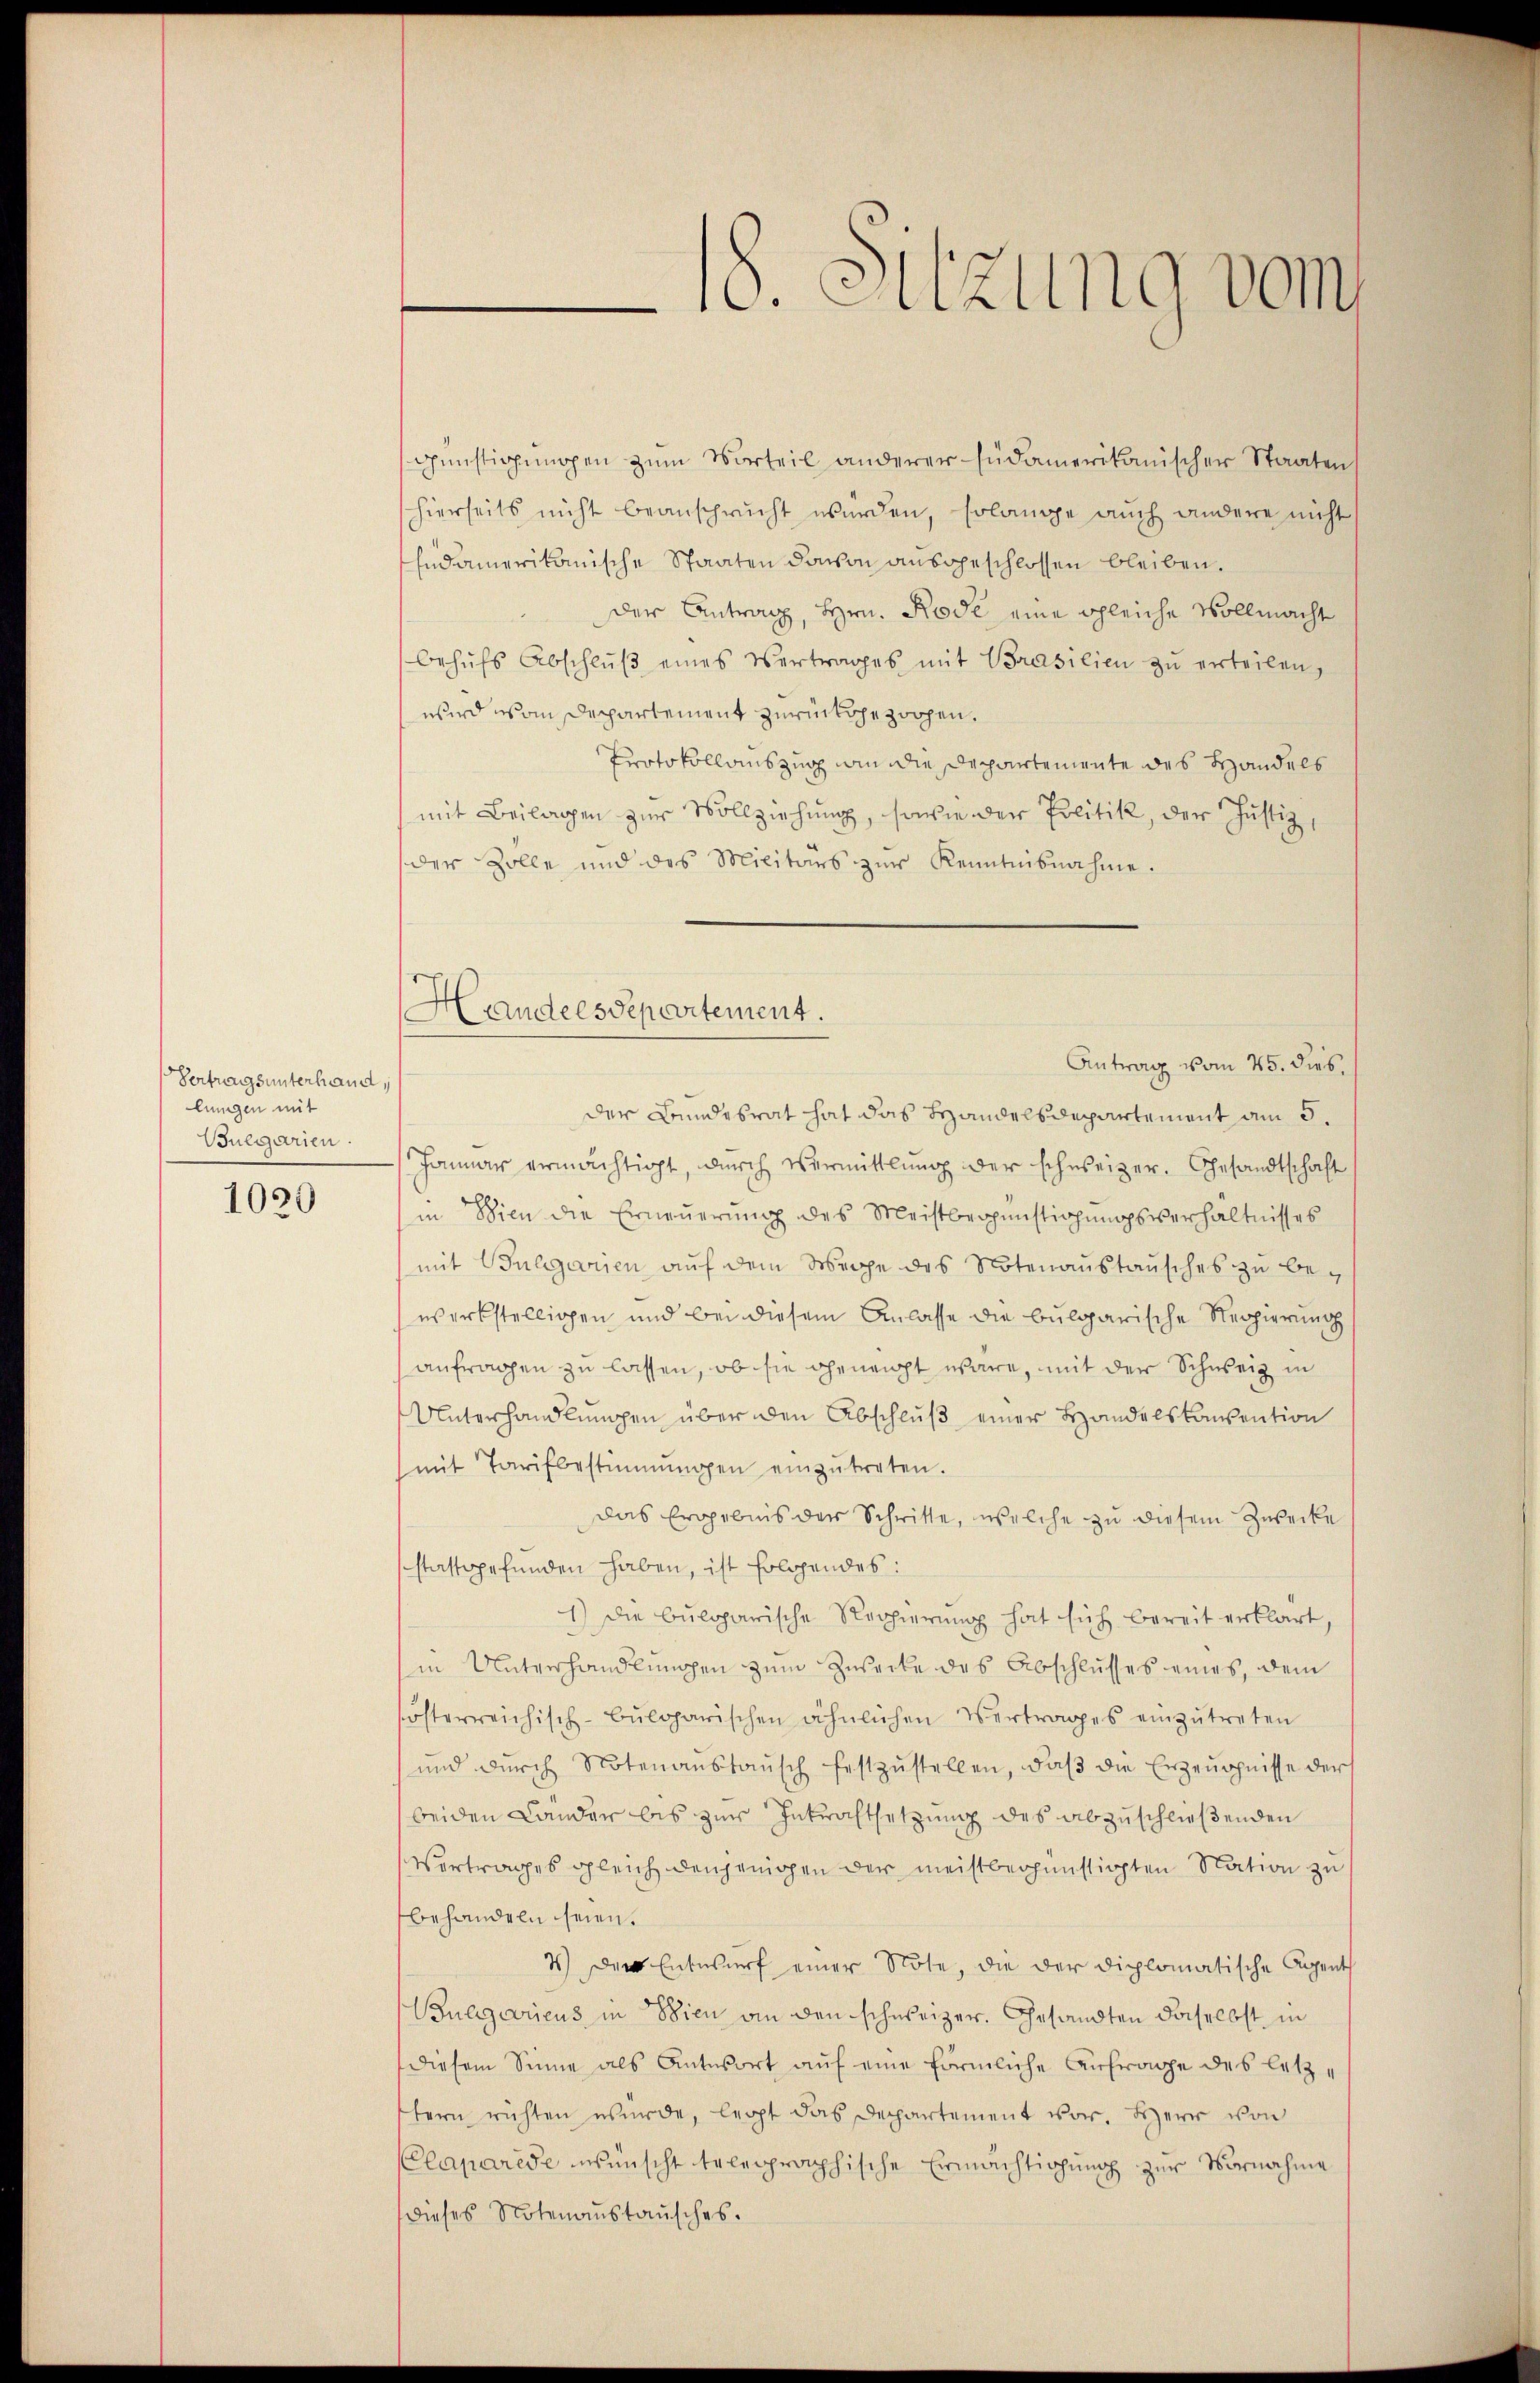
Vertragsunterhand,
lungen mit
Bulgarien.

1020

Handelsdepartement.

günstigungen zum Vorteil anderer südamerikanischer Staaten
hierseits nicht beansprucht wurden, solange auch andere nicht
Endamerikanische Staaten davon ausgeschlossen bleiben.
Der Antrag, Hrn. Rose eine gleiche Vollmacht
behŭfs Abschlŭβ eines Vertrages mit Prasilien zŭ erteilen,
wird vom Departement zurückgezochen.
Protokollauszug in die Departemente des Handels
mit Beilagen zur Vollziehung, sowie der Politik, der Justiz,
der solle und des Militärs zŭr Kenntnisnahme.
Antrag vom 25. dies,
der Bundesrat hat das Handelsdepartement am 5.
Januar ermächtigt, durch vermittlung der schweizer. Gesandtschaft
in Wien die Erneŭerŭng des Meistbegünstigungsverhältnisses
mit Buagarien auf dem Wege des Notenaustausches zu bewerkstelligen und bei diesem Anlasse die bulgarische Regierung
anfragen zu lassen, ob sie geneigt wäre, mit der Schweiz in
Unterhandlungen über den Abschluß einer Handelskonvention
mit Tarifbestimmungen einzŭtreten.
Das Ergebnis der Schritte, welche zu diesem Zwecke
stattgefunden haben, ist folgendes:
1) Die bulgarische Regierung hat sich bereit erklärt,
in Unterhandlungen zum Zusecke des Abschlusses eines, dem
sösterreichisch-bŭlgarischen ähnlichen Vertrages einzŭtreten
ŭnd dŭrch Notenaŭstaŭsch festzŭstellen, daβ die Erzeŭgnisse der
beiden Lander bis zur Inkraftsetzung des abzuschließenden
Vortrages gleich denjenigen der meistbegünstigten Nation zu
behandeln seien.
4.) Der Entwurf einer Note, die der diplomatische Agenth
Bulgaricus in Wien an den schweizer. Gesandten daselbst in
diesem Sinne als Antwort auf eine förmliche Anfrage des letzstern richten wurde, legt das Departement vor. Herr von
CClaparise wünscht teleproophische Ermachtigung zur Vornahme
dieses Notenaustausches.

18. Sitzung vom